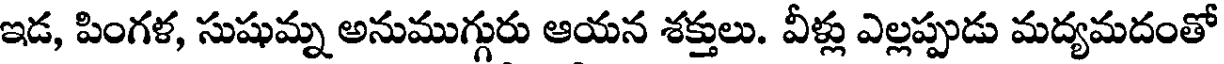
ఇడ, పింగళ, సుషుమ్న అనుముగ్గురు ఆయన శక్తులు. వీళ్లు ఎల్లప్పుడు మద్యమదంతో